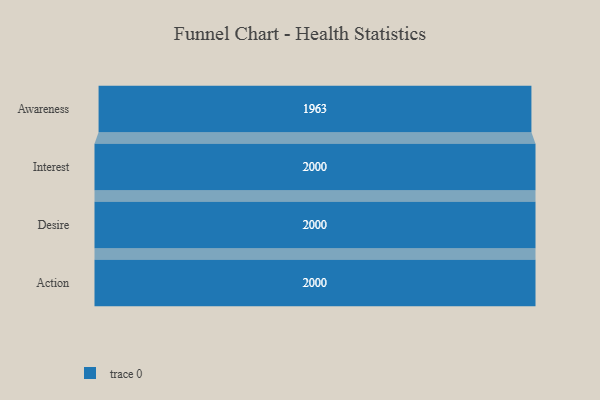
{"axis": {"x": "Stage", "y": "Value"}, "legend": [""], "data": [{"x": "Awareness", "y": 1963.0, "type": ""}, {"x": "Interest", "y": 2000, "type": ""}, {"x": "Desire", "y": 2000, "type": ""}, {"x": "Action", "y": 2000, "type": ""}]}